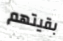
بقيتهم